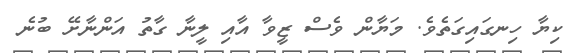
ކިޔާ ހިނގައިގަތެވެ. މަޔާން ވެސް ޒީވާ އާއި ލީނާ ގާތު އަންނާށޭ ބުނެ